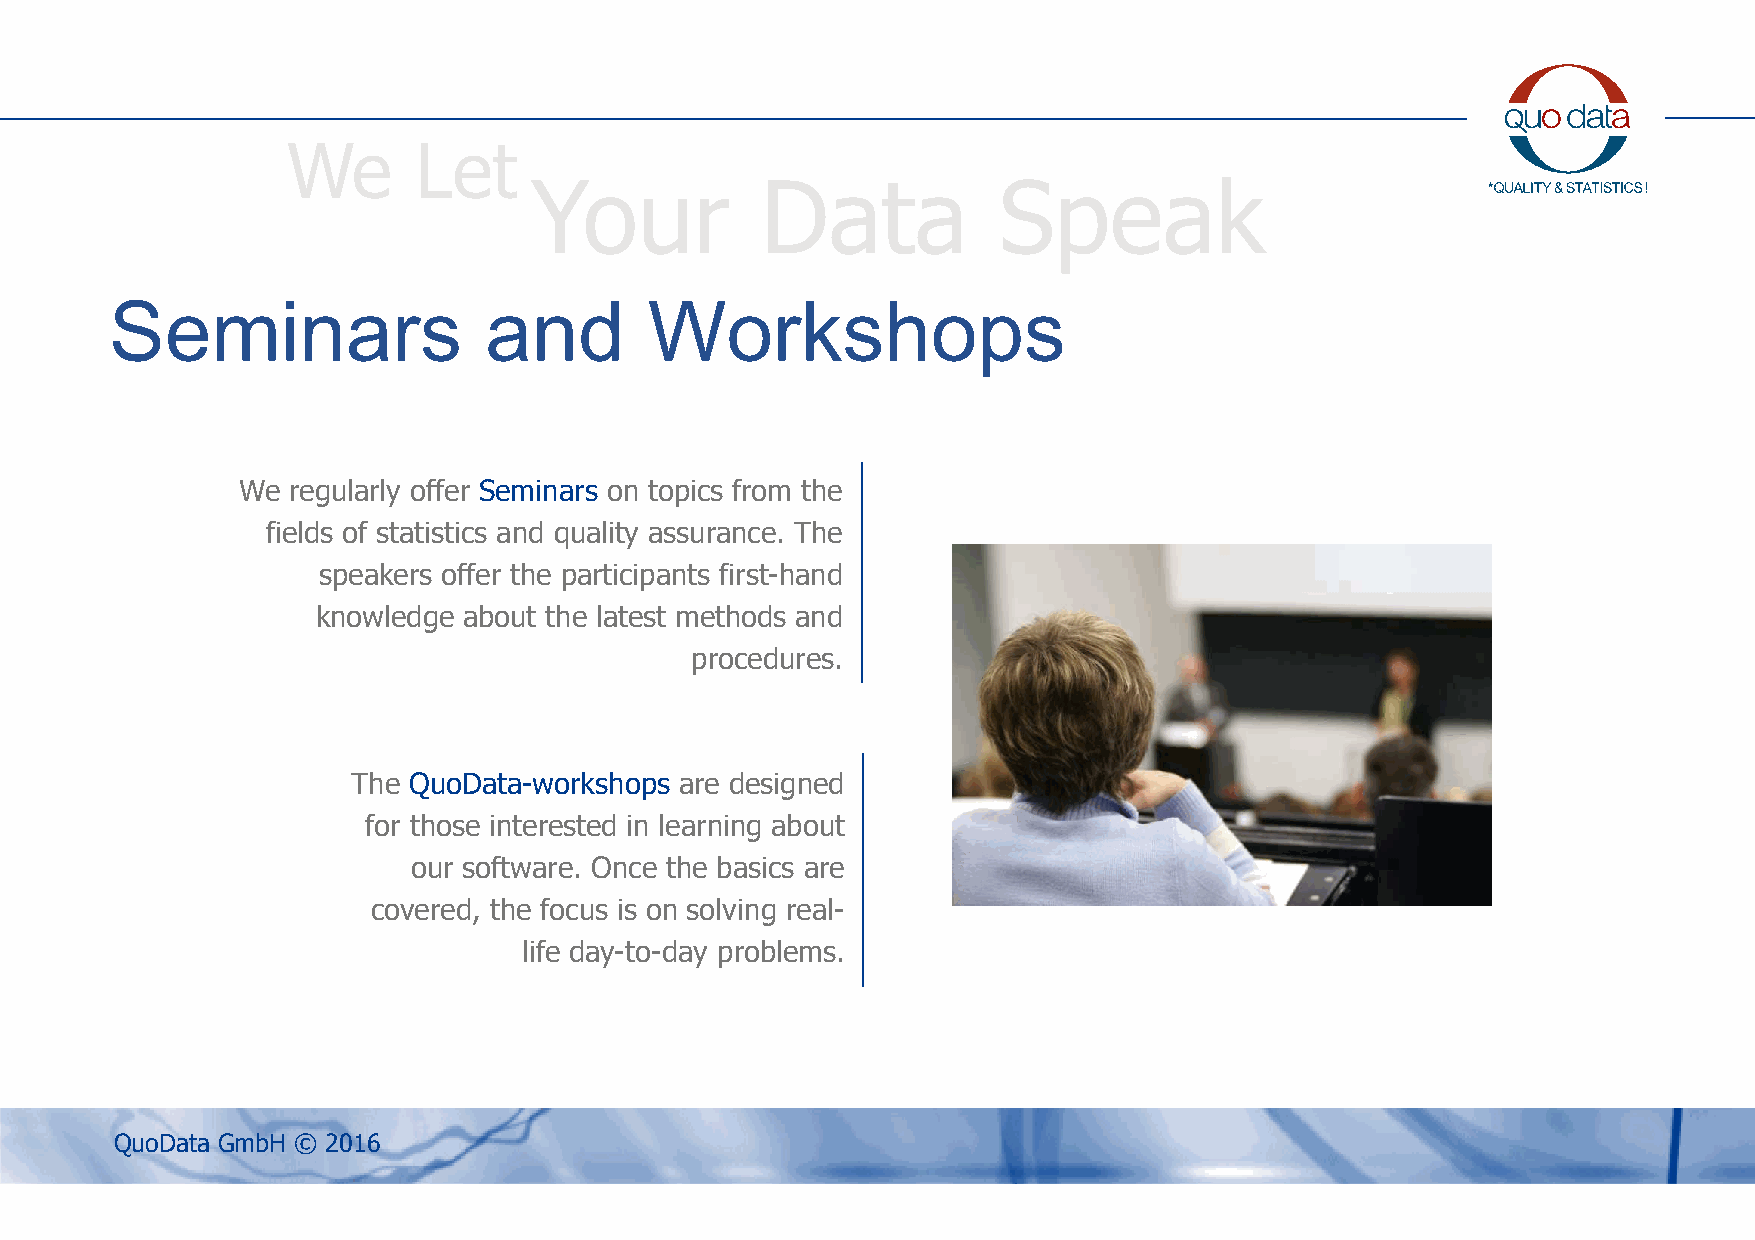
We      Let
 Your           Data            Speak
 Seminars                 and        Workshops
 We regularly offer Seminars on topics from the
 fields of statistics and quality assurance. The
 speakers offer the participants first-hand
 knowledge about the latest methods and
 procedures.
 The QuoData-workshops are designed
 for those interested in learning about
 our software. Once the basics are
 covered, the focus is on solving real-
 life day-to-day problems.
 QuoData GmbH © 2016